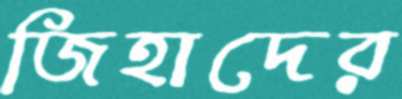
জিহাদের